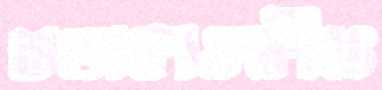
শুভাকাঙ্ক্ষীও